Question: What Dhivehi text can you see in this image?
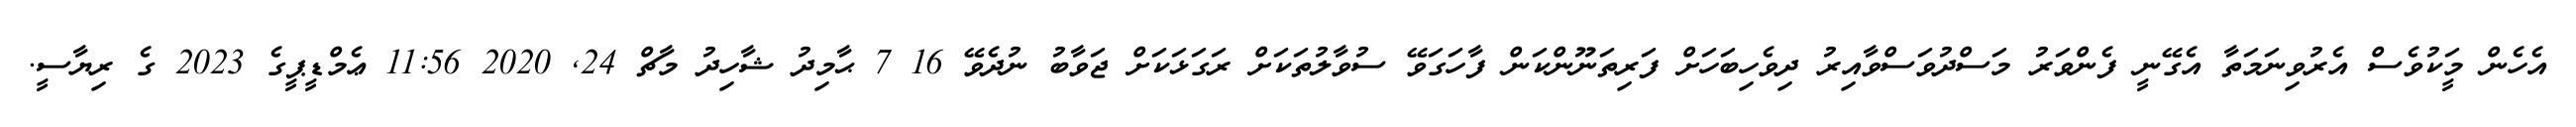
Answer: އެހެން މީަކުވެސް އެރުވިނަމަތާ އެގޭނީ ފެންވަރު މަސްދުވަސްވާއިރު ދިވެހިބަހަށް ފަރިތަނޫންކަން ފާހަގަވޭ ސުވާލުތަކަށް ރަގަޅަކަށް ޖަވާބު ނުދެވޭ 16 7 ޙާމިދު ޝާހިދު މާޗް 24, 2020 11:56 ޢެމްޑީޕީގެ 2023 ގެ ރިޔާސީ.